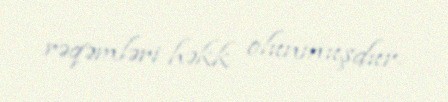
rəqəmləri həkk olunmuşdur.